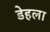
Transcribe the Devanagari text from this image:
डेहला